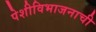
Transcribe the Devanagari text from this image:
पेशीविभाजनाची